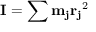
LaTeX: \mathbf { I } = \sum \mathbf { m _ { j } } \mathbf { r _ { j } } ^ { 2 }